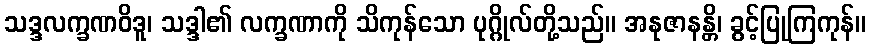
သဒ္ဒလက္ခဏဝိဒူ၊ သဒ္ဒါ၏ လက္ခဏာကို သိကုန်သော ပုဂ္ဂိုလ်တို့သည်။ အနုဇာနန္တိ၊ ခွင့်ပြုကြကုန်။